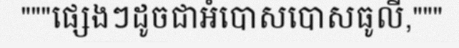
"""ផ្សេងៗដូចជាអំបោសបោសធូលី,"""